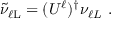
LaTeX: \tilde { \nu } _ { \ell \mathrm { L } } = ( U ^ { \ell } ) ^ { \dagger } \nu _ { \ell L } ~ .